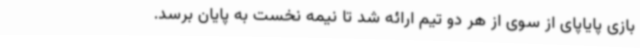
بازی پایاپای از سوی از هر دو تیم ارائه شد تا نیمه نخست به پایان برسد.